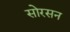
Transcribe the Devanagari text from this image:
सोरसन